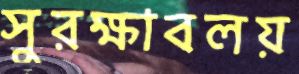
সুরক্ষাবলয়